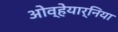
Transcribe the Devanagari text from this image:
ओव्हेयार्निया